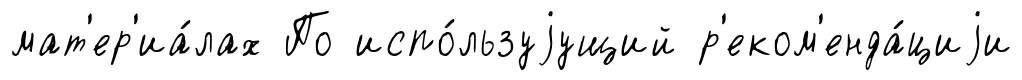
мат'ер'иа́лах По испо́льзуjущий р'еком'енда́циjи